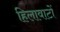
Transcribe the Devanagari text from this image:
हिलावाटों